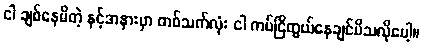
ငါ ချစ်နေမိတဲ့ နင့်အနားမှာ တစ်သက်လုံး ငါ ကပ်ငြိတွယ်နေချင်မိသလိုပေါ့။